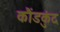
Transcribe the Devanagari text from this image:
कौंडकुंद